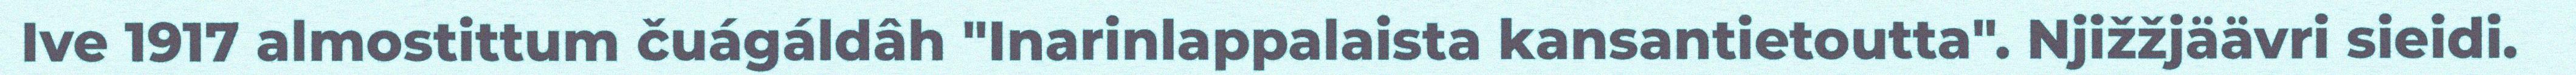
Ive 1917 almostittum čuágáldâh "Inarinlappalaista kansantietoutta". Njižžjäävri sieidi.